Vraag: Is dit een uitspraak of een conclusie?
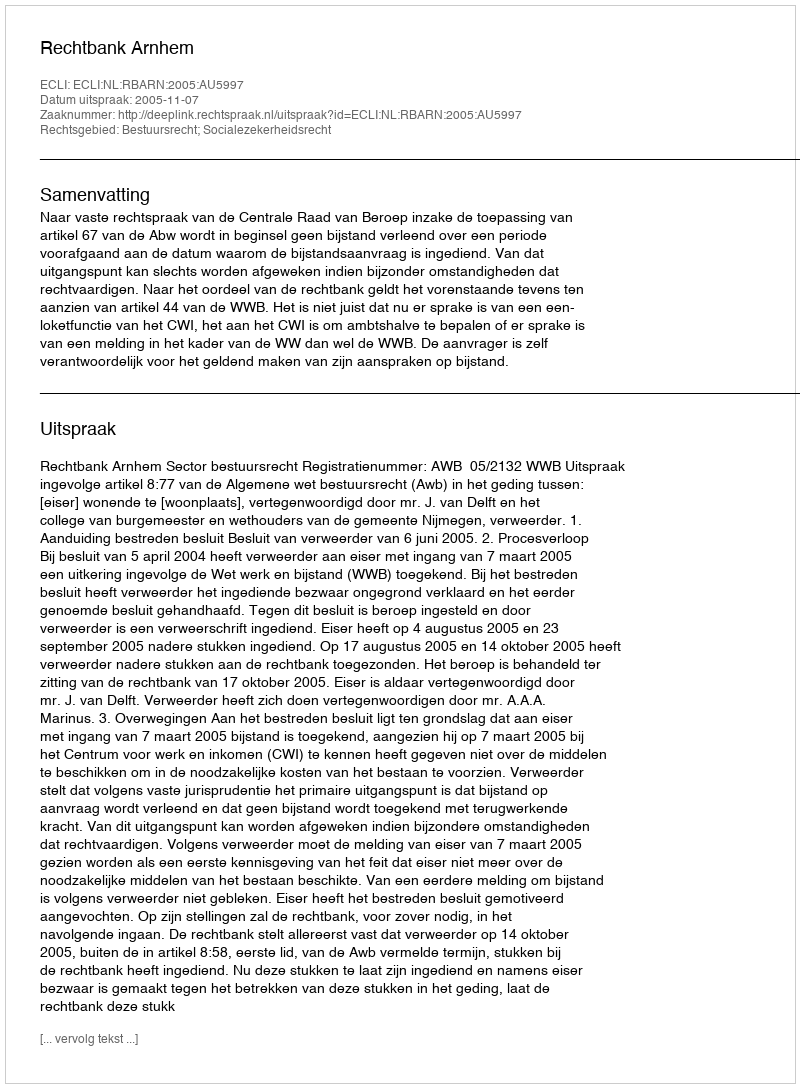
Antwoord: Uitspraak